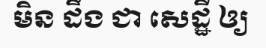
មិន ដឹង ជា សេដ្ឋី ឲ្យ